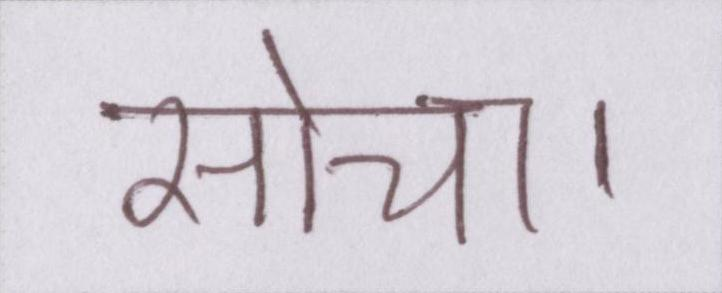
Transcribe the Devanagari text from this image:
सोचा।